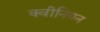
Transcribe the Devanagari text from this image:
क्वीनियन